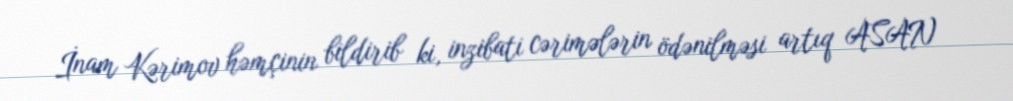
İnam Kərimov həmçinin bildirib ki, inzibati cərimələrin ödənilməsi artıq ASAN